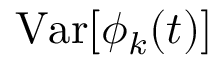
\mathrm { V a r } [ \phi _ { k } ( t ) ]